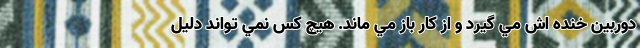
دوربين خنده اش مي گيرد و از کار باز مي ماند. هيچ کس نمي تواند دليل